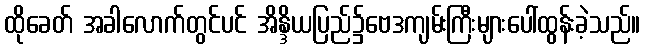
ထိုခေတ် အခါလောက်တွင်ပင် အိန္ဒိယပြည်၌ဗေဒကျမ်းကြီးများပေါ်ထွန်းခဲ့သည်။